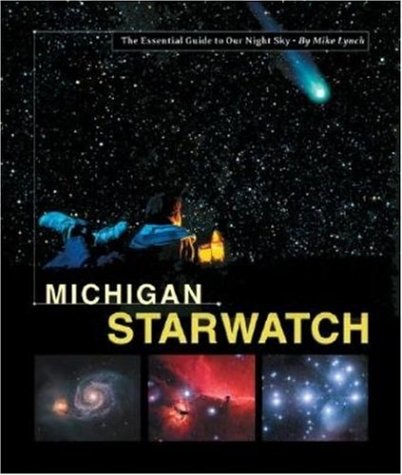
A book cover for Michigan StarWatch: The Essential Guide to Our Night Sky; Mike Lynch; Travel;